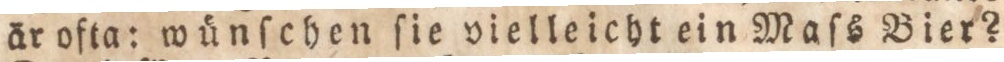
är ofta: wünſchen ſie vielleicht ein Maſs Bier?